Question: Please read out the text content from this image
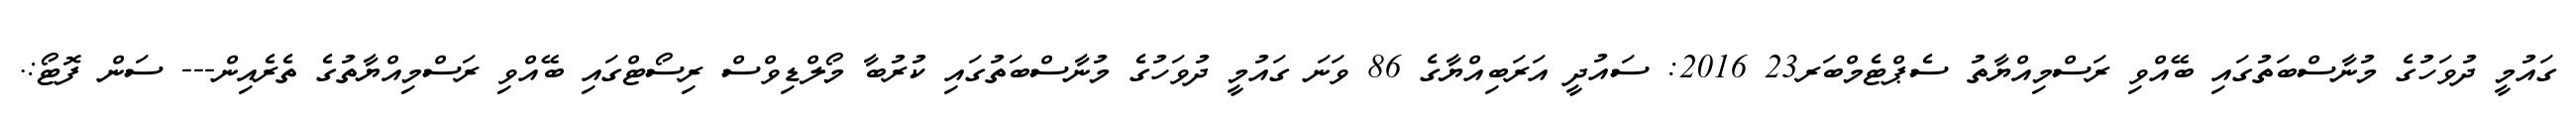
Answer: ގައުމީ ދުވަހުގެ މުނާސްބަތުގައި ބޭއްވި ރަސްމިއްޔާތު ސެޕްޓެމްބަރ23 2016: ސައުދީ އަރަބިއްޔާގެ 86 ވަނަ ގައުމީ ދުވަހުގެ މުނާސްބަތުގައި ކުރުބާ މޯލްޑިވްސް ރިސޯޓްގައި ބޭއްވި ރަސްމިއްޔާތުގެ ތެރެއިން--- ސަން ފޮޓޯ:.